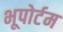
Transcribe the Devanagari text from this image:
भूपोर्टम